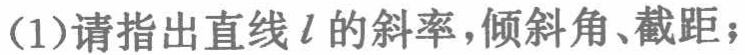
(1)请指出直线\(l\)的斜率，倾斜角、截距；